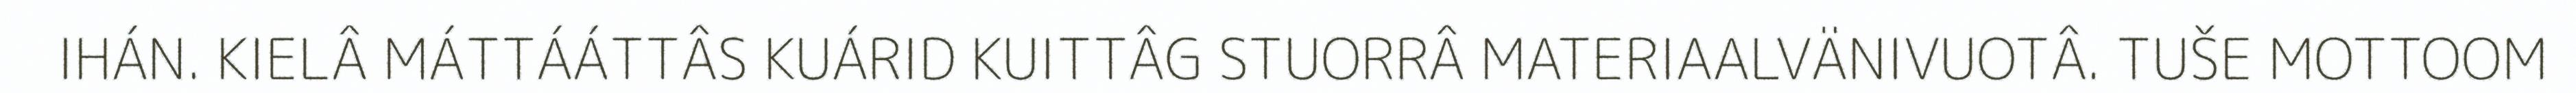
IHÁN. KIELÂ MÁTTÁÁTTÂS KUÁRID KUITTÂG STUORRÂ MATERIAALVÄNIVUOTÂ. TUŠE MOTTOOM